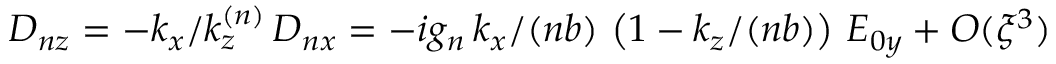
D _ { n z } = - k _ { x } / k _ { z } ^ { ( n ) } \, D _ { n x } = - i g _ { n } \, k _ { x } / ( n b ) \, \left( 1 - k _ { z } / ( n b ) \right) \, E _ { 0 y } + O ( \xi ^ { 3 } )